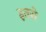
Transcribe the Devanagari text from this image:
इतरो